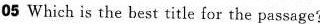
05 Which is the best title for the passage?